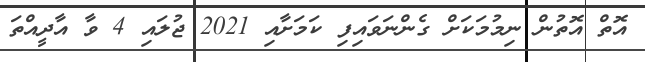
އޮތް އޮތުން ނިމުމަކަށް ގެންނަވައިފި ކަމަށާއި 2021 ޖުލައި 4 ވާ އާދީއްތަ